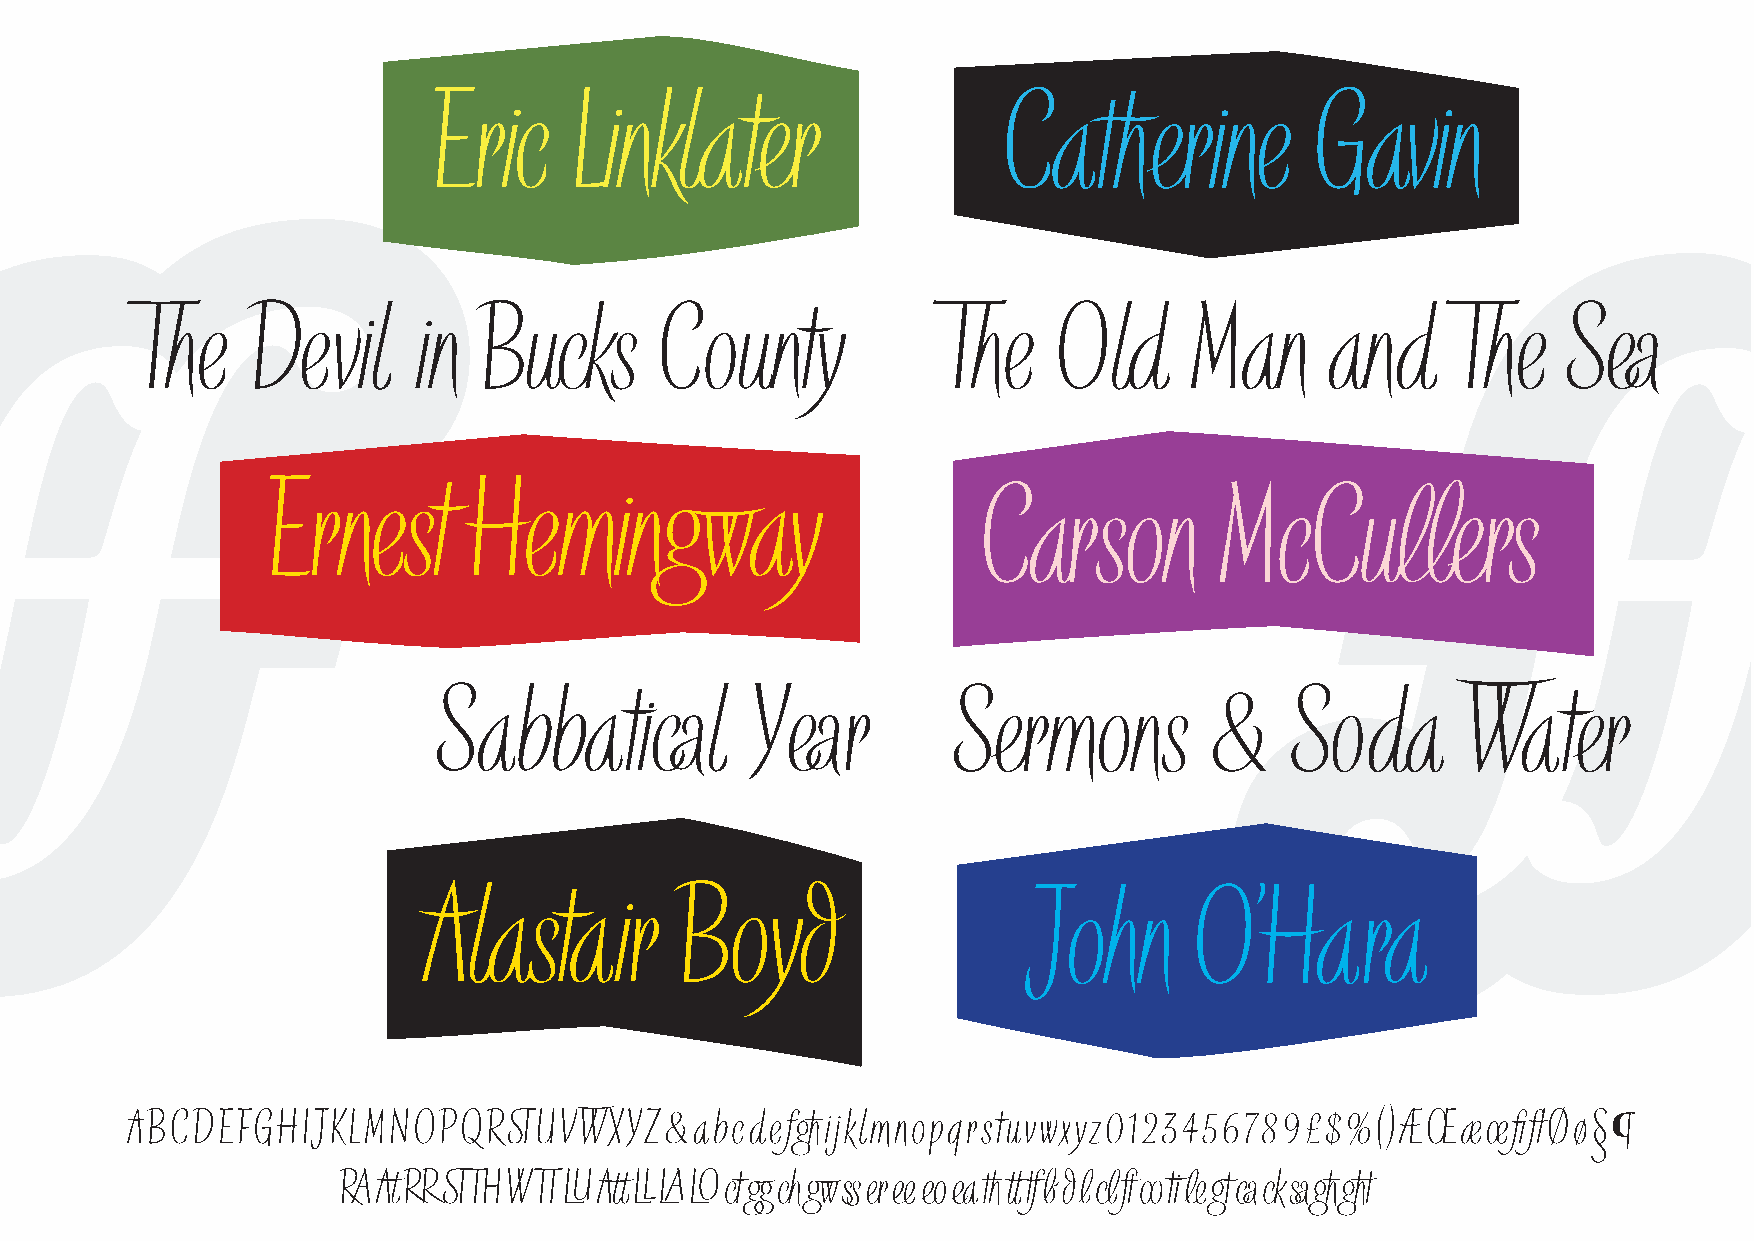
Eric     Linklater                    Catherine           Gavin
 The     Devil      in  Bucks       County             The    Old      Man      and      The    Sea
 Ernest       Hemingway
 Carson          McCullers
 Sabbatical           Year         Sermons          &     Soda       Water
 Alastair         Boyd                    John      O’Hara
 ABCDEFGHIJKLMNOPQRSTUVWXYZ&abcdefghijklmnopqrstuvwxyz0123            456789£$%()ÆŒæœfiflØø§¶
 RAAtRRSTTHWTTLUAttLLLALOctggchgwssereeeoeathtttfbdlclftootilegtcacksaghght…………